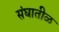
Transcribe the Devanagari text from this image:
संघातीळ